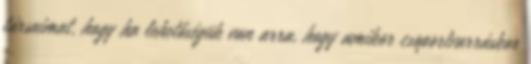
társaimat, hogy ha lehetőségük van arra, hogy amikor csoportvarráskor